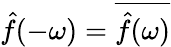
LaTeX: {\hat{f}}(-\omega)={\overline{{{\hat{f}}(\omega)}}}